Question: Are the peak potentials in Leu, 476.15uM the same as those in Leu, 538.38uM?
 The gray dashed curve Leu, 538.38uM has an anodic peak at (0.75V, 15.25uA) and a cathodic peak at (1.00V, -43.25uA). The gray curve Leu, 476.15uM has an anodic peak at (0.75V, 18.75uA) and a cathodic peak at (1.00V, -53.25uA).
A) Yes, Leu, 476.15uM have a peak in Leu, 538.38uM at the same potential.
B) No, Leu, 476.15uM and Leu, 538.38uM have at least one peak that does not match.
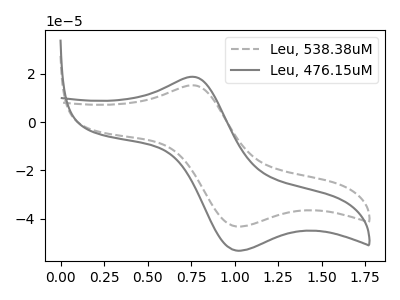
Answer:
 <answer>A) Yes, "Leu, 476.15uM" have a peak in "Leu, 538.38uM" at the same potential.</answer>
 <eval>A</eval>